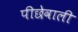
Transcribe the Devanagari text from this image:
पीछेवाली